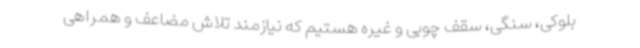
بلوکی، سنگی، سقف چوبی و غیره هستیم که نیازمند تلاش مضاعف و همراهی